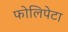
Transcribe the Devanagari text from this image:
फोलिपेटा